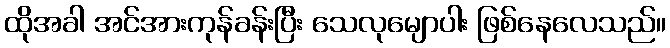
ထိုအခါ အင်အားကုန်ခန်းပြီး သေလုမျောပါး ဖြစ်နေလေသည်။